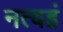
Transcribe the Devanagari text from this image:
नत्वहं